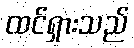
ထင်ရှားသည်